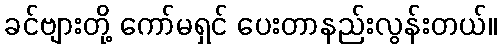
ခင်ဗျားတို့ ကော်မရှင် ပေးတာနည်းလွန်းတယ်။